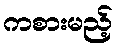
ကစားမည့်